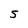
Character: 5